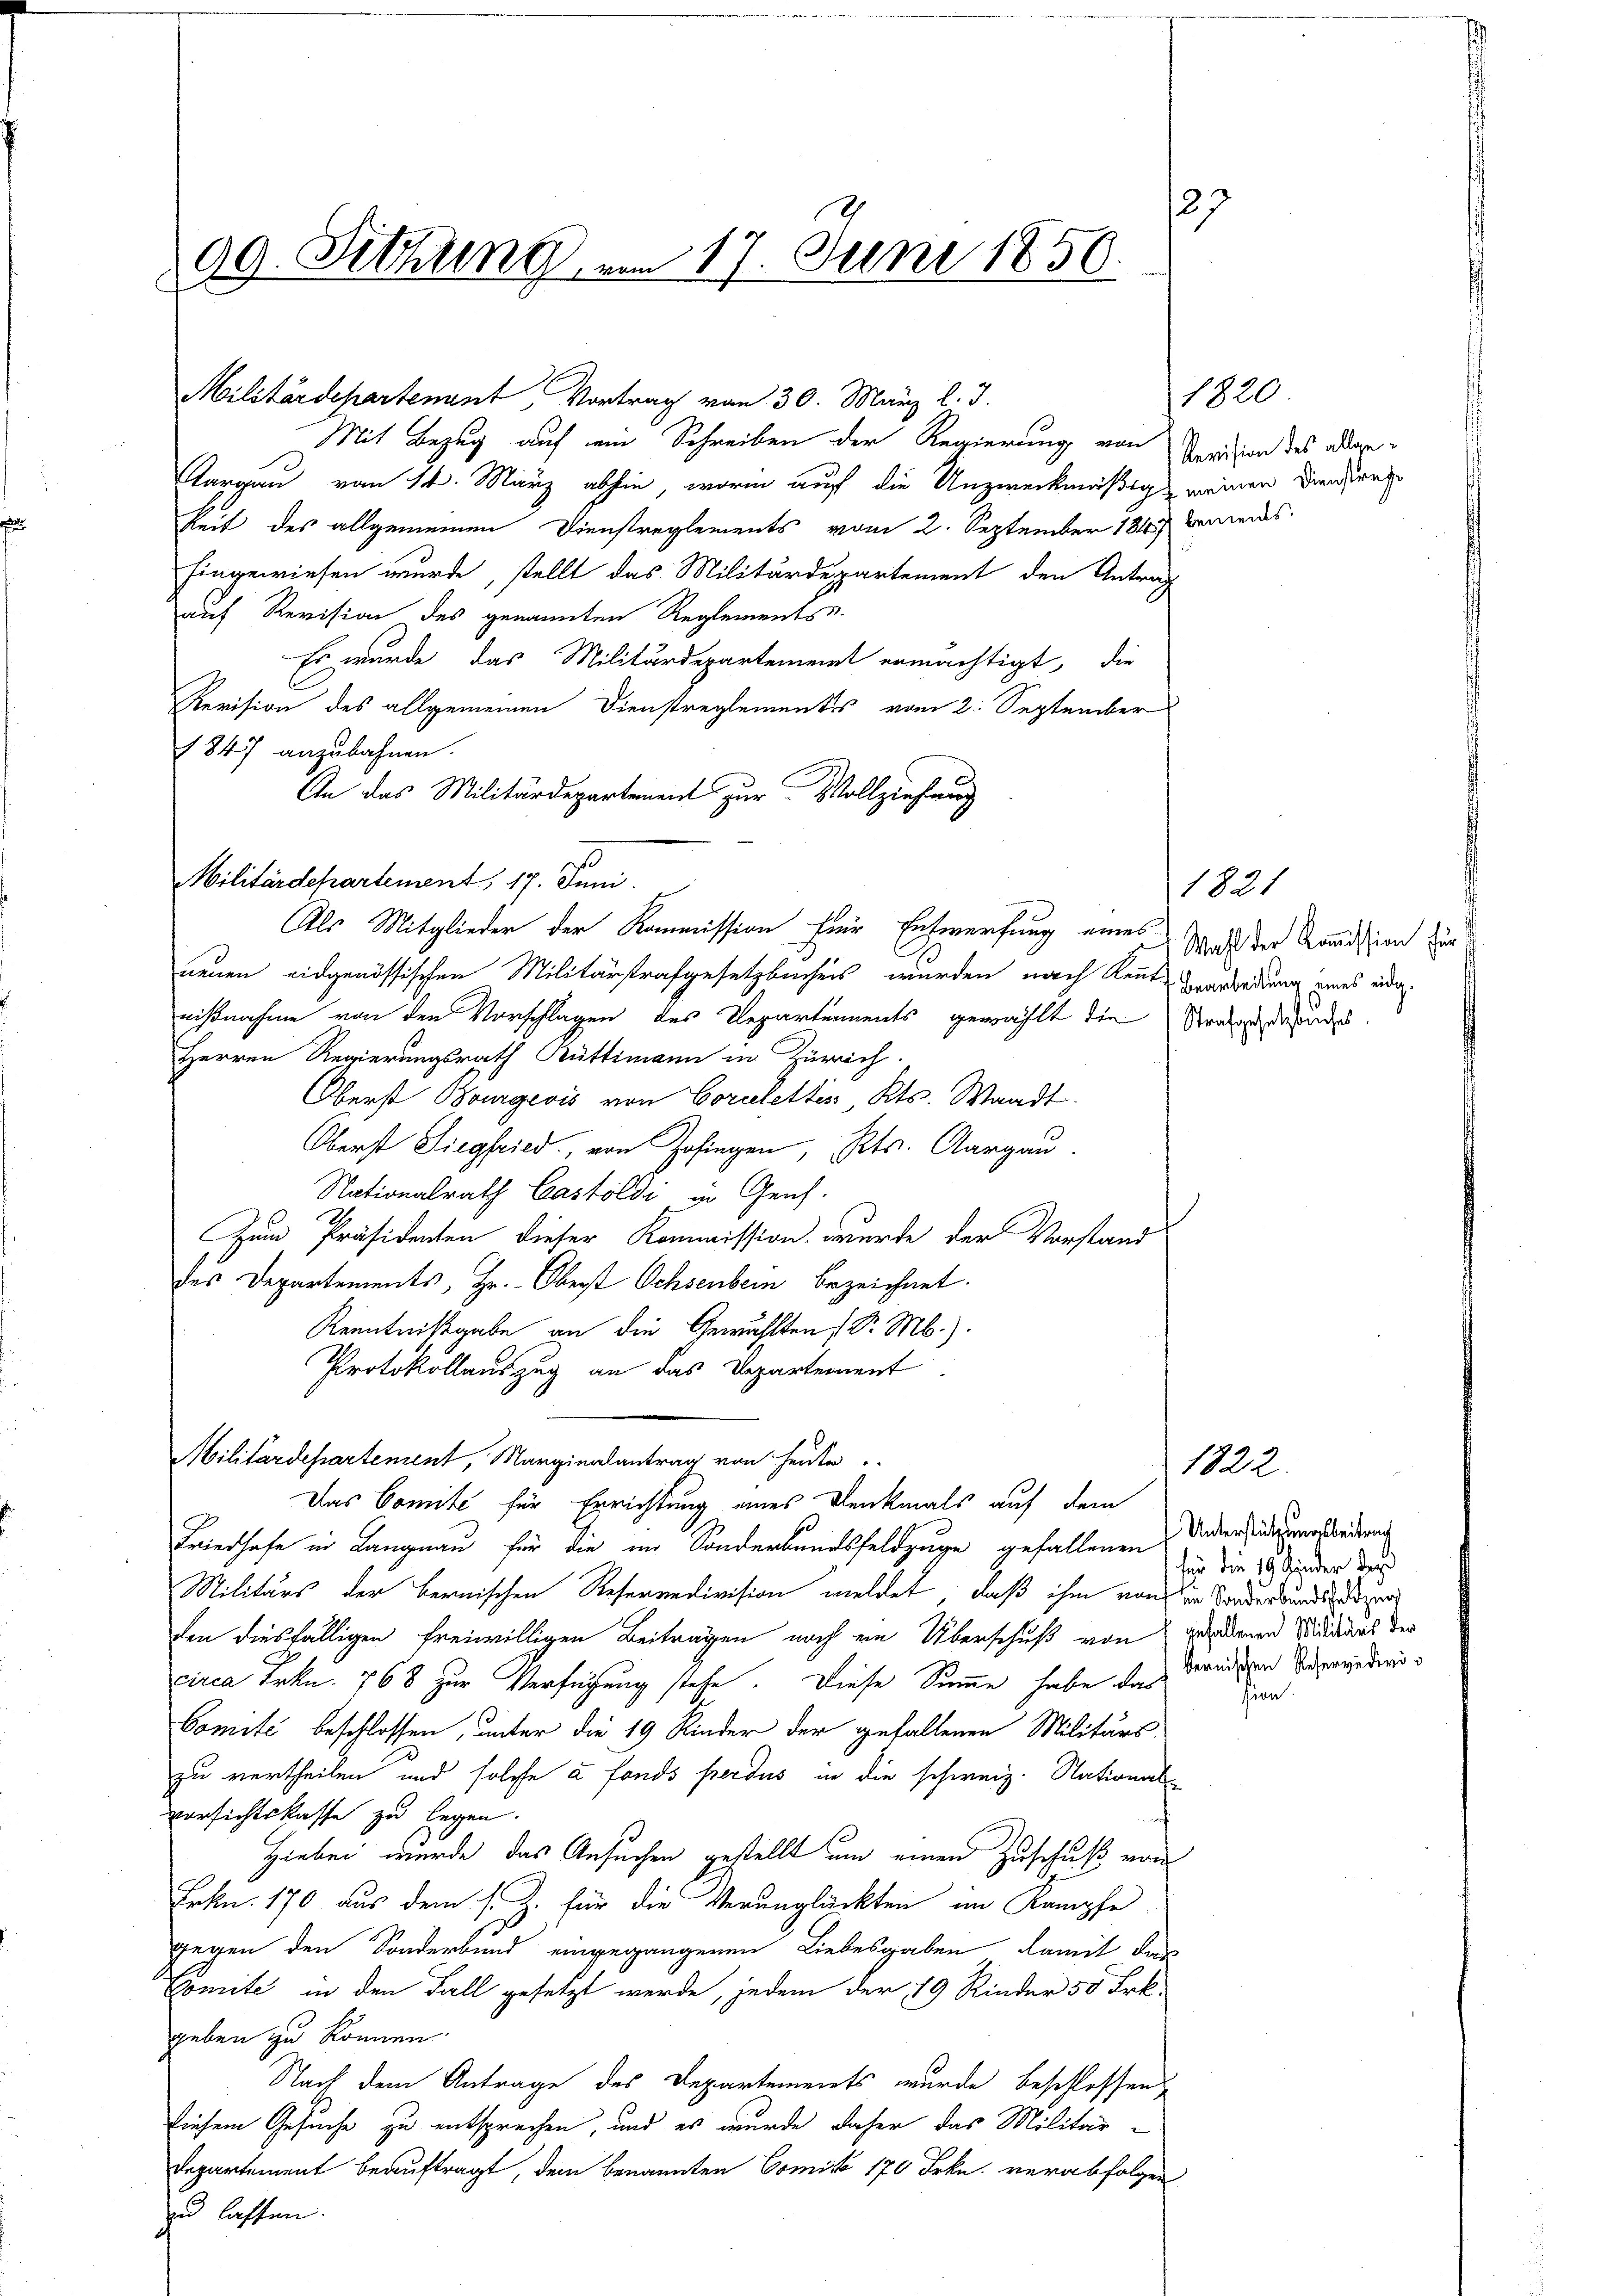
99. Sitzung am 17. Juni 1850.

Aargau vom 14. März abhin, worin auf die Unzweckmäßig meinen Dinerse
keit des allgemeinen Dienstreglements vom 2. September 1849 bemeins
hingewiesen wurde, stellt das Militärdepartement den Antrag
auf Revision des genannten Reglements
Es wurde das Militärdepartement ermächtigt, die
Revision des allgemeinen Dienstreglementes vom 2. September
1847 anzubahnen.
An das Militärdepartement zur Vollziehung
Militärdepartement, 17. Juni.
Als Mitglieder der Kommission für Entwerfung eines Was der Kommission zur
neuen eidgenössischen Militärstrafgesetzbuchens wurden nach Kentveredung eines indernichtnahme von den Vorschlagen des Departements gewählt die Strabandestandes
Herren Regierungsrath Rüttimann in Zürich.
Oberst Bourgeois von Correlettin Kts. Waadt
Oberst Siegfried, von Zofingen, Kts. Aargau.
Nationalrath Castoldi in Geich.
Zum Präsidenten dieser Kommission wurde der Vorstand
des Departements, Hr. Oberst Ochsenbern bezeichnet.
Kenntnißgabe an die Gewählten (S. M.).
Protokollauszug an das Departement
Militärdepartement, Marginalantrag von heute.
Das Comite für Errichtung eines Denkmals auf dem
Friedhofe in Langnau für die im Sonderkundsfeldzuge gefallenen
Militärs der bernischen Referandivision meldet, daß ihm von
den diesfälligen freiwilligen Beiträgen noch ein Überschuß von
circa Frkn. 768 zur Verfügung stehe. Diese Summe habe das
Comite beschlossen, unter die 19 Rinder der gefallenen Militärs
zu vertheilen und solche à fonds perdus in die schweiz. National-
versichtskasse zu legen.
Hiebei wurde das Ansuchen gestellt um einen Zuschuß von
Frkn. 170 aus dem s. Z. für die Verunglückten im Kampfe
gegen den Sonderbund eingegangenen Liebesgaben damit des
Comite in den Fall gesetzt werde, jedem der 19 Rinder 50 Frk.
geben zu können.
Nach dem Antrage des Departements wurde beschlossen
diesem Gesuche zu entsprechen, und es wurde daher das Militär-
Departement beauftragt, dem benannten Comit 170 Frkn. verabfolgen
zu lassen.

Militärdepartement, Vortrag von 30. März l. J.
Mit Bezug auf ein Schreiben der Regierung von

1820
Revision des allge¬

27

1821

1322.
Unterstützungsbeitrach
für die 19 Kinder den
den Sonderbundsfeldzug
gefallenen Militärs der
bernischen Reservedivi¬

sion.